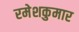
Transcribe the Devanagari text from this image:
रमेशकुमार